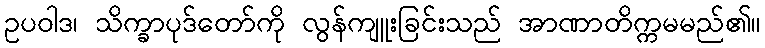
ဥပဝါဒ၊ သိက္ခာပုဒ်တော်ကို လွန်ကျူးခြင်းသည် အာဏာတိက္ကမမည်၏။